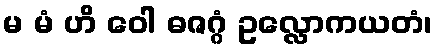
မ မံ ဟိ ဝေါ ဓဇဂ္ဂံ ဥလ္လောကယတံ၊